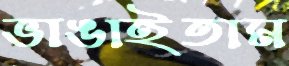
ভাঙাইতাম